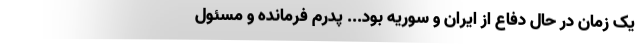
یک زمان در حال دفاع از ایران و سوریه بود... پدرم فرمانده و مسئول